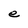
Character: e